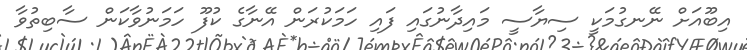
އިބޫއަށް ނޭނގުމަކީ ސިޔާސީ މައިދާނުގައި ފައި ހަމަކުރަން އޭނާގެ ކުފޫ ހަމަނުވާކަން ސާބިތުވާ